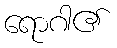
ရောဂါ၏